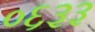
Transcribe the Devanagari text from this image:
०६३३